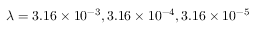
\lambda = 3 . 1 6 \times 1 0 ^ { - 3 } , 3 . 1 6 \times 1 0 ^ { - 4 } , 3 . 1 6 \times 1 0 ^ { - 5 }